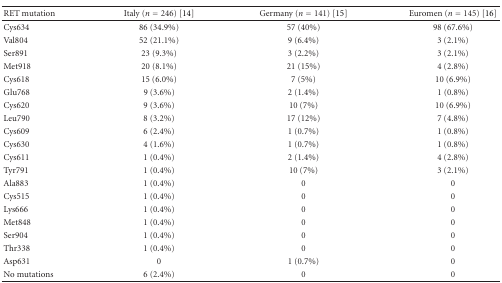
<table><thead><tr><td><b>RET mutation</b></td><td><b>Italy (<i>n</i> = 246) [14]</b></td><td><b>Germany (<i>n</i> = 141) [15]</b></td><td><b>Euromen (<i>n</i> = 145) [16]</b></td></tr></thead><tbody><tr><td>Cys634</td><td>86 (34.9%)</td><td>57 (40%)</td><td>98 (67.6%)</td></tr><tr><td>Val804</td><td>52 (21.1%)</td><td>9 (6.4%)</td><td>3 (2.1%)</td></tr><tr><td>Ser891</td><td>23 (9.3%)</td><td>3 (2.2%)</td><td>3 (2.1%)</td></tr><tr><td>Met918</td><td>20 (8.1%)</td><td>21 (15%)</td><td>4 (2.8%)</td></tr><tr><td>Cys618</td><td>15 (6.0%)</td><td>7 (5%)</td><td>10 (6.9%)</td></tr><tr><td>Glu768</td><td>9 (3.6%)</td><td>2 (1.4%)</td><td>1 (0.8%)</td></tr><tr><td>Cys620</td><td>9 (3.6%)</td><td>10 (7%)</td><td>10 (6.9%)</td></tr><tr><td>Leu790</td><td>8 (3.2%)</td><td>17 (12%)</td><td>7 (4.8%)</td></tr><tr><td>Cys609</td><td>6 (2.4%)</td><td>1 (0.7%)</td><td>1 (0.8%)</td></tr><tr><td>Cys630</td><td>4 (1.6%)</td><td>1 (0.7%)</td><td>1 (0.8%)</td></tr><tr><td>Cys611</td><td>1 (0.4%)</td><td>2 (1.4%)</td><td>4 (2.8%)</td></tr><tr><td>Tyr791</td><td>1 (0.4%)</td><td>10 (7%)</td><td>3 (2.1%)</td></tr><tr><td>Ala883</td><td>1 (0.4%)</td><td>0</td><td>0</td></tr><tr><td>Cys515</td><td>1 (0.4%)</td><td>0</td><td>0</td></tr><tr><td>Lys666</td><td>1 (0.4%)</td><td>0</td><td>0</td></tr><tr><td>Met848</td><td>1 (0.4%)</td><td>0</td><td>0</td></tr><tr><td>Ser904</td><td>1 (0.4%)</td><td>0</td><td>0</td></tr><tr><td>Thr338</td><td>1 (0.4%)</td><td>0</td><td>0</td></tr><tr><td>Asp631</td><td>0</td><td>1 (0.7%)</td><td>0</td></tr><tr><td>No mutations</td><td>6 (2.4%)</td><td>0</td><td>0</td></tr></tbody></table>